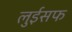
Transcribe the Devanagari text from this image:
लुईसफ